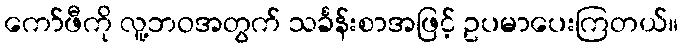
ကော်ဖီကို လူ့ဘဝအတွက် သင်္ခန်းစာအဖြင့် ဥပမာပေးကြတယ်။